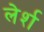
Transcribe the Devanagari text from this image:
लेर्श